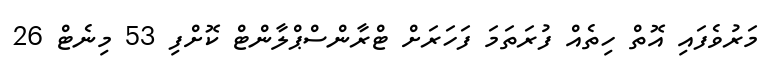
މަރުވެފައި އޮތް ހިތެއް ފުރަތަމަ ފަހަރަށް ޓްރާންސްޕްލާންޓް ކޮށްފި 53 މިނެޓް 26